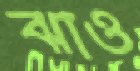
ঝাও